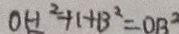
O H ^ { 2 } + H B ^ { 2 } = O B ^ { 2 }